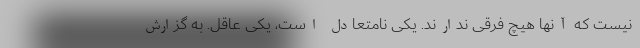
نیست که آنها هیچ فرقی ندارند. یکی نامتعادل است، یکی عاقل. به گزارش